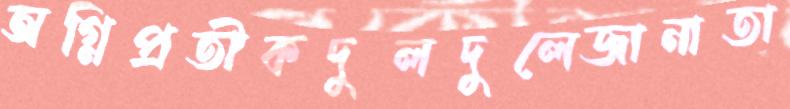
অগ্নিপ্রতীকদুলদুলেজানাতা